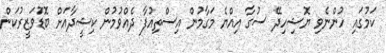
ކަމުގައި ހުންނެވި ޔޮޝިހިދޭ ސުގާ އިއްޔެ މަގާމުން އިސްތިއުފާ ދެއްވުމުން ކިޝީދާއަށް ބޮޑުަވަޒީރުކަން